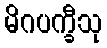
မိဂပက္ခီသု